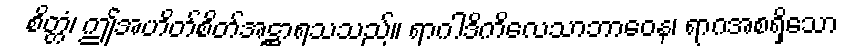
စိတ္တံ၊ ဤအဟိတ်စိတ်အဋ္ဌာရသသည်။ ရာဂါဒိကိလေသာဘာဝေန၊ ရာဂအစရှိသော